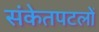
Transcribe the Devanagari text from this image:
संकेतपटलों